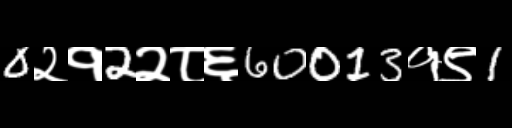
Text: 0२१2२८६60013१९1